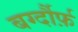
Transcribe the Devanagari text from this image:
बर्ग्दौर्फ़